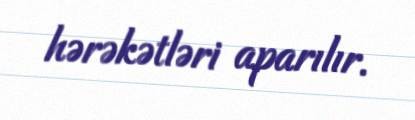
hərəkətləri aparılır.